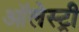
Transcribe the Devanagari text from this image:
ऑलेस्ट्री